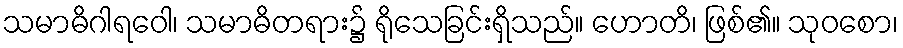
သမာဓိဂါရဝေါ၊ သမာဓိတရား၌ ရိုသေခြင်းရှိသည်။ ဟောတိ၊ ဖြစ်၏။ သုဝစော၊